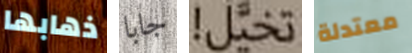
ذهابها جابا تخيل! معتدلة